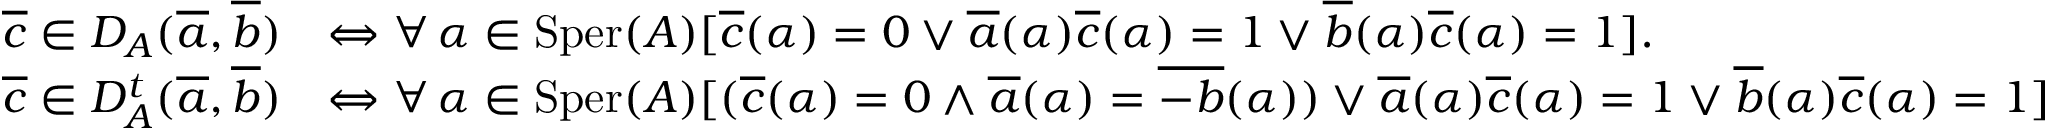
\begin{array} { r l } { \overline { c } \in D _ { A } ( \overline { a } , \overline { b } ) } & { \Leftrightarrow \forall \, \alpha \in \mathrm { S p e r } ( A ) [ \overline { c } ( \alpha ) = 0 \vee \overline { a } ( \alpha ) \overline { c } ( \alpha ) = 1 \vee \overline { b } ( \alpha ) \overline { c } ( \alpha ) = 1 ] . } \\ { \overline { c } \in D _ { A } ^ { t } ( \overline { a } , \overline { b } ) } & { \Leftrightarrow \forall \, \alpha \in \mathrm { S p e r } ( A ) [ ( \overline { c } ( \alpha ) = 0 \wedge \overline { a } ( \alpha ) = \overline { { - b } } ( \alpha ) ) \vee \overline { a } ( \alpha ) \overline { c } ( \alpha ) = 1 \vee \overline { b } ( \alpha ) \overline { c } ( \alpha ) = 1 ] } \end{array}